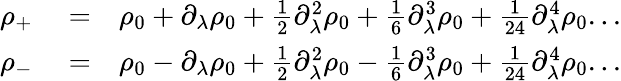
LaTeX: \begin{array}{rlr}{\rho_{+}}&{{}=}&{\rho_{0}+\partial_{\lambda}\rho_{0}+\frac{1}{2}\partial_{\lambda}^{2}\rho_{0}+\frac{1}{6}\partial_{\lambda}^{3}\rho_{0}+\frac{1}{24}\partial_{\lambda}^{4}\rho_{0}...}\\ {\rho_{-}}&{{}=}&{\rho_{0}-\partial_{\lambda}\rho_{0}+\frac{1}{2}\partial_{\lambda}^{2}\rho_{0}-\frac{1}{6}\partial_{\lambda}^{3}\rho_{0}+\frac{1}{24}\partial_{\lambda}^{4}\rho_{0}...}\end{array}